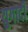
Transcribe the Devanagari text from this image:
युगादी